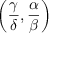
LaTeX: \left( { \frac { \gamma } { \delta } } , { \frac { \alpha } { \beta } } \right)